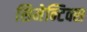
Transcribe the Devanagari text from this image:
सिमेन्टिक्स